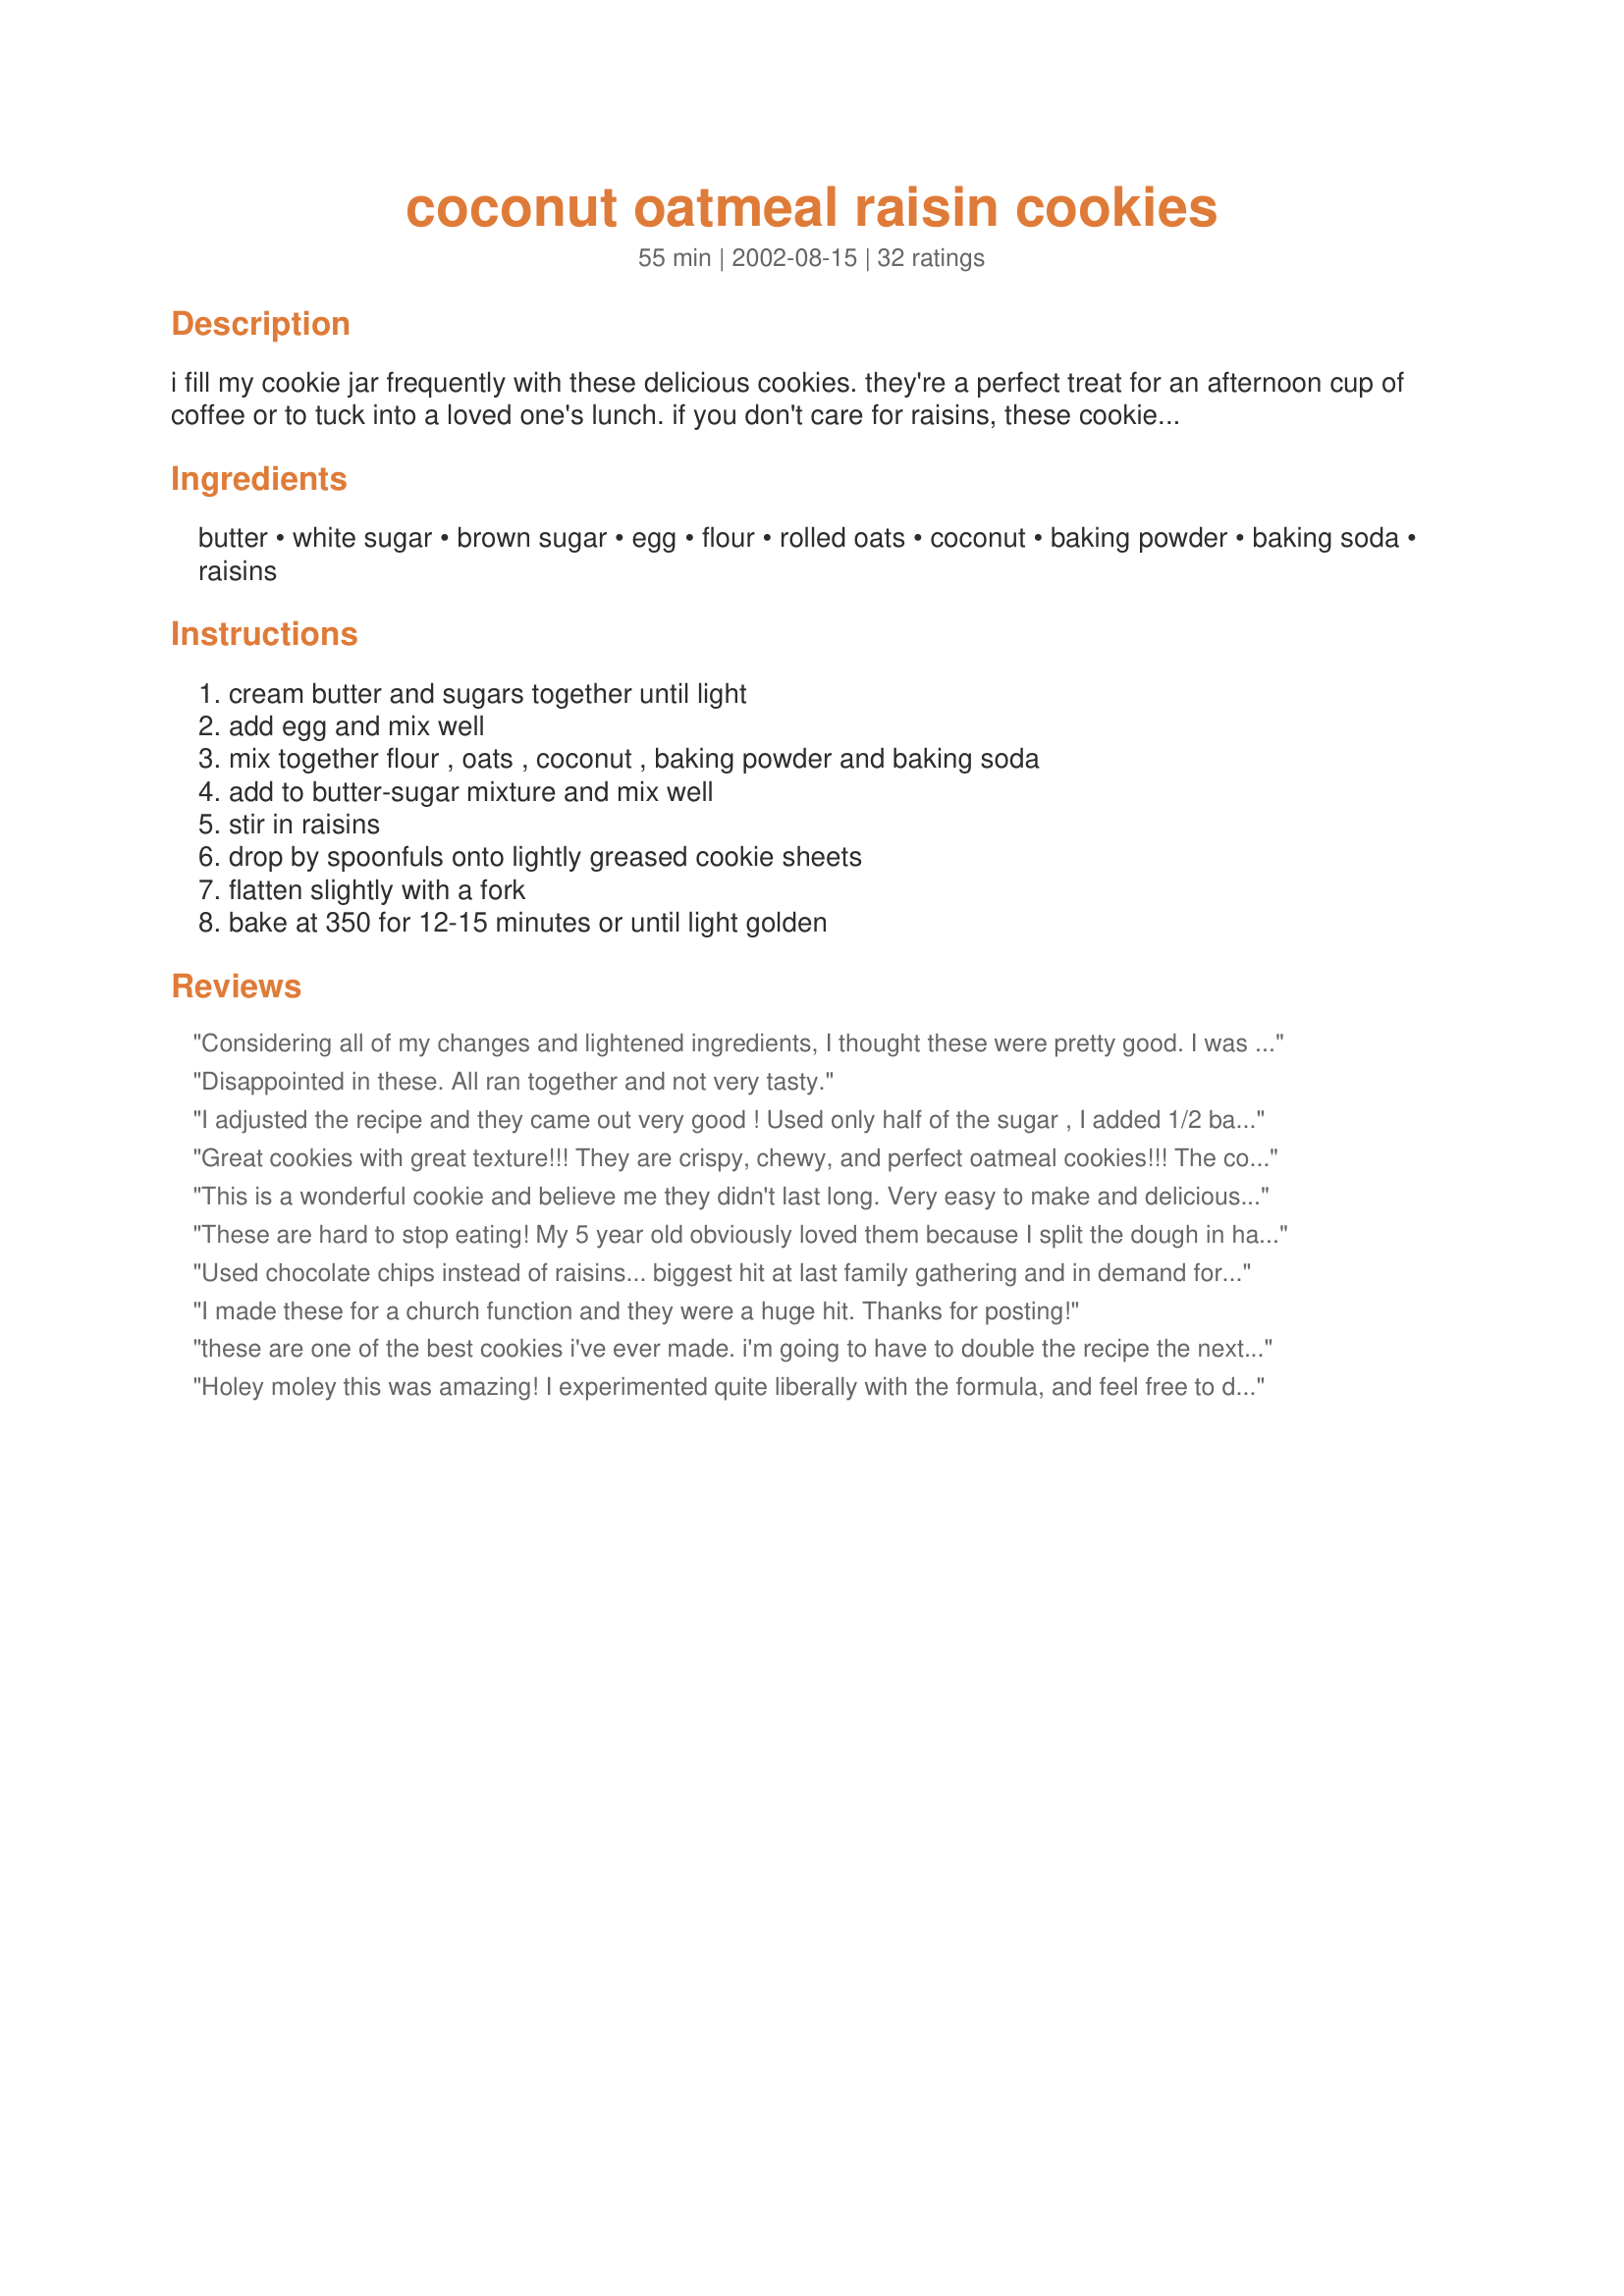
coconut oatmeal raisin cookies
Preparation time: 55 minutes

i fill my cookie jar frequently with these delicious cookies. they're a perfect treat for an afternoon cup of coffee or to tuck into a loved one's lunch. if you don't care for raisins, these cookies are equally good without them.

Ingredients:
butter, white sugar, brown sugar, egg, flour, rolled oats, coconut, baking powder, baking soda, raisins

Steps:
cream butter and sugars together until light, add egg and mix well, mix together flour , oats , coconut , baking powder and baking soda, add to butter-sugar mixture and mix well, stir in raisins, drop by spoonfuls onto lightly greased cookie sheets, flatten slightly with a fork, bake at 350 for 12-15 minutes or until light golden

Reviews:
Considering all of my changes and lightened ingredients, I thought these were pretty good. I was hoping for a more chewy oatmeal cookie, but this wasn&#039;t what I got. Overall, the flavor was good, and my alterations made them less guilty. My attempt resulted in a somewhat dry but nutty flavored cookie with little bursts of fruit. I tried to make them less carb&#039;y by making the following changes: I used 1/2 cup stevia and 1/4 cup sugar, 1/2 cup unbleached flour and 1/2 cup coconut flour (this is probably why mine came out kind of dry but also why I probably didn&#039;t encounter the spreading issue as mentioned by other reviewers), 1/2 cup unsalted butter and 1/4 cup natural peanut butter (which may have also contributed to the dryness), 1/2 cup raisins and 1/2 cup reduced sugar Craisins (which I had previously soaked in water in hopes of removing any other sugars), and added 1/2 teaspoon vanilla, 1/4 teaspoon cinnamon, and &lt;1/4 teaspoon salt.
Disappointed in these. All ran together and not very tasty.
I adjusted the recipe and they came out very good !
Used only half of the sugar , I added 1/2 banana, vanilla extract and more oatmeal. They are still too sweet for me. Even my husband said they are sweet enough , which in healthy terms translate to &quot;too sweet&quot; ! :) . Next time I&#039;ll try with only 1/3 amount of sugar and replace some of the butter with peanut butter as one of the reviewer suggested! Thank you for the recipe though !
Great cookies with great texture!!! They are crispy, chewy, and perfect oatmeal cookies!!! The coconut adds extra fat which made them more moist and delicious! Loved all the raisins!! 12 minutes was a perfect baking time for these. Great recipe, thanks!
This is a wonderful cookie and believe me they didn't last long. Very easy to make and delicious to eat. Thanks for a great recipe, Carrie Ann. I'm so glad I found this. :-)rn
These are hard to stop eating! My 5 year old obviously loved them because I split the dough in half before the last ingredient so we could use chocolate (3/4 c. milk and dark chips) in one half and craisins (3/4 c. dried cranberries) in the other half. The cookie is crunchy all the way thru when taking out at 12 min but another batch taken out at 11 min the cookie was crunch on the edges with a softer center. Overall it's almost a lacey texture. I took a star off since I can taste the baking soda which I can't get past. If that might bother you too, try reducing that measured amount.
Used chocolate chips instead of raisins... biggest hit at last family gathering and in demand for the next one! Wow! Will be using again and again!
I made these for a church function and they were a huge hit. Thanks for posting!
these are one of the best cookies i've ever made. i'm going to have to double the recipe the next time i make them which can't be soon enough! talk about gone in a heartbeat- i had to hide some for myself. hats off to you Carrie Ann. Sharona
Holey moley this was amazing! I experimented quite liberally with the formula, and feel free to discard my faulty methodology. For starters I soaked 1 cup raisins + 1/2 cup cranberries in mango juice + maple syrup, didn&#039;t like it, then I drained off the juice and soaked them in vanilla soy milk instead. My brown sugar was a write-off, so I used 1 cup white sugar + 1.5 tbsp molasses + 1/4 cup honey plus the butter. Added the recommended amounts of dry ingredients, yet when I mixed in the somewhat drained raisin/cranberry mixture it became too runny. Added another 1/2 cup of flour, and the cookies all melted together yet they tasted AMAZING! Added more flour and oats to subsequent batches, and they were firmer and the taste was still absolutely incredible. I can&#039;t believe I baked something so delicious. Thank you for this recipe!
I second all the positive comments. They do spread, but after cooling turn into deliciously thin, crisp, yet somehow chewy treats. Better yet, here's a cookie that requires no special ingredients and are sure to please family and friends. Thanks for making my husband a happy man, Carrie Ann.
These are so good! Crispy on the outside and chewy in the middle. As other cooks have said, they spread a lot in the oven. I made 9 on a baking sheet, and the recipe made about 22 in total. Give them plenty of space!
These were kind of a cookie-baking disaster. I just didn't think they would spread that much. I got about 24 cookies out of this recipe but I didn't see that this recipe was for 36 cookies. I omitted 1/2 c of white sugar because my coconut I used was sweetened. I also added a tsp of vanilla, but other than that I used the recipe as written. These cookies really did spread out even though I gave them about an inch of space between each cookie. The end product was one giant fused together cookie. The cookies had a great chewy texture. They did end up being too sweet for me though. I couldn't really taste the coconut either but it added a nice chew along with the oatmeal. I would bake these again with some adaptation.
DH and I made these for a church concert and they were DELICIOUS! The only complaint that I have is that we got a whole lot more cookies than 35 cookies. The recipe made between 6-7 dozen cookies. They were a big hit at the church and at our house. I am going to try and lighten them up some next time. We will be making these again. Thanks for sharing.
This is a great cookie, although it did spread a lot. I'll definitely make it again, but I'll probably only use 1 cup of raisins.
i tried it as is and found it a little bland, added 1tsp. vailla and 1tsp cinnamon and i can say they are the best cookie i've ever had. my co-workers ask for them weekly
I really liked this recipe. I do have a question on the coconut. Which do you use sweet Coconut or non sweetened ? I used the latter and could barely taste the coconut. This was very easy and we loved the texture . I used Splenda for both the white and brown sugars and it worked really well. Its nice that you can add other ingredients and make it to your own taste.. The recipe allows you to have fun with you own touches. Thanks for the recipe. Pigpurple
Disappointed
These cookies are crunchy &amp; yummy!! This recipe is like my mothers 'Crispy Oatmeal' cookies- a family favorite:) I did alter it some though: I used 1c brown sugar + 1/4 c white sugar, 4T butter + half c. coconut oil, I added more flour (approx 1/4-1/2 c more whole wheat flour). I used unsweetened coconut and Craisins (not raisins). I also recommend decreasing baking time to 10 min. Enjoy with a cold glass of milk!!
This is THE oatmeal cookie recipe I have been searching for. So easy!
So delicious! My family loved them.
Thin, crispy, yet still slightly chewey, and so scrumptious! Thanks Carrie Ann
As I was working in the kitchen cooking for 90 men this week; I decided to try this recipe.
Wonderful, it deserves 5 stars for sure. It's a winner Thank you Carry Ann!
These are REALLY good cookies. I ran out of white sugar, so I had to use 1/2 sugar and 1/2 Splenda and I couldn't even taste the difference.

Also, I baked mine for 6 minutes at ~340 degrees and they came out perfect. Edges were just a little crunchy but the cookies still fell apart because they were so soft.

I will definitely be sharing this recipe with others. :) Thanks Carrie Ann!
Horrible! Do not waste your butter and time. This was a really bad recipe. Ugh!
Just about to make these for the 2nd time this week - very popular! We skipped the raisins and I let my daughter press 2 or 3 m&m candies on top of each one before they go in the oven. Fun and delicious!
I made these cookies last night, and they are absolutely delicious. I didnt have any white sugar, so I substituted Splenda for it, and it turned out great!
Excellent recipe! I just finished making these to send off with my daughter and wish I had made more and I will! I made it exactly as the recipe said to and they turned out perfect! The coconut is a fabulous addition. They did spread some, but nothing major. It's just the type of cookie they are. If they spread too much try adding an additional 1/4 cup flour. Cookies also bake better on parchment paper. I used a medium cookie scoop and got 30 cookies--of course that's not counting the balls of cookie dough we had to eat. This is a keeper! Thank you for such a fabulous recipe! %u2665
This is a great cookie recipe! The coconut taste in these crispy oatmeal cookies are delicious! Thanks for a great cookie recipe and a great keeper, Carrie Ann
Wow is all I can say. Tired to freeze these to stop me eating them. Didn&#039;t work. They are good frozen too.
Good, easy recipe. Took exactly 12 minutes in my oven, made very thin cookies, make sure you don't overload the cookie sheet, or they will run together.
Absolutely fantastic: everything I've ever wanted in an oatmeal raisin cookie. I was particularly fond of the texture: chewy/crispy and thin. Be careful not to overcook: these seem to bake pretty quickly. (I used a Splenda brown sugar blend for the brown sugar and it worked out beautifully.) A really outstanding recipe I will look forward to making often.
These are so good! They are equally awesome with cranberries or dates instead of the raisins.
Yay for coconut!
These cookies are gorgeous! Made thin crispy cookies that hold together very well. Only had mixed dried fruit but still turned out great. Will try them plain next time. Thanks so much for posting!
